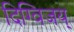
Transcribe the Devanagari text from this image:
दिग्विजय्